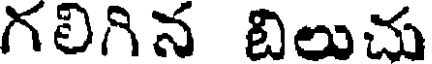
గలిగిన బిలుచు